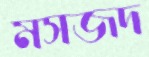
মসজদ